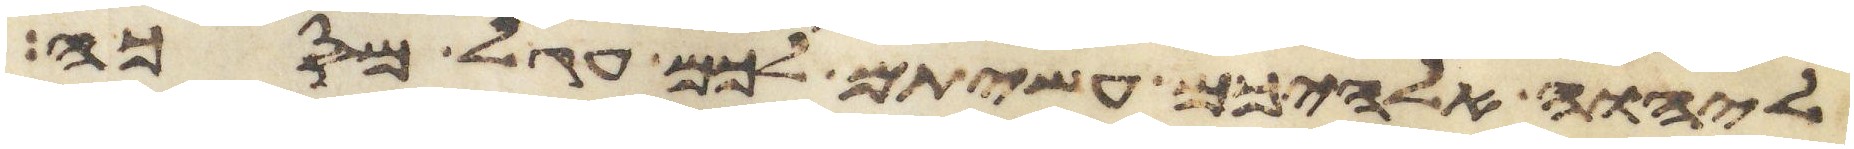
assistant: ליהוה אלהיכם עשיתם לכם עגל מסכה